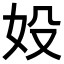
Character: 𡚾